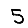
Digit: 5